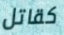
كقاتل